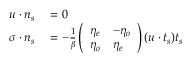
\begin{array} { r l } { \boldsymbol { u } \cdot \boldsymbol { n _ { s } } } & { { } = 0 } \\ { \boldsymbol { \sigma \cdot n _ { s } } } & { { } = - \frac { 1 } { \beta } \left( \begin{array} { l l } { \eta _ { e } } & { - \eta _ { o } } \\ { \eta _ { o } } & { \eta _ { e } } \end{array} \right) ( \boldsymbol { u } \cdot \boldsymbol { t _ { s } } ) \boldsymbol { t _ { s } } } \end{array}